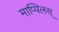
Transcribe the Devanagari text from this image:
माप्पिलस्